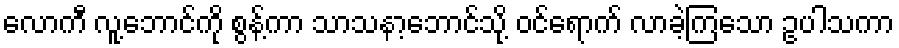
လောကီ လူ့ဘောင်ကို စွန့်ကာ သာသနာ့ဘောင်သို့ ဝင်ရောက် လာခဲ့ကြသော ဥပါသကာ